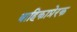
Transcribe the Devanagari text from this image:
बाहिकाप्रेरक